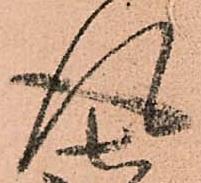
得